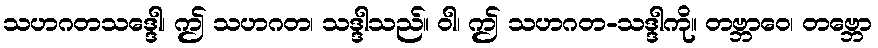
သဟဂတသဒ္ဒေါ၊ ဤ သဟဂတ၊ သဒ္ဒါသည်။ ဝါ၊ ဤ သဟဂတ-သဒ္ဒါကို။ တဗ္ဘာဝေ၊ တဗ္ဘော